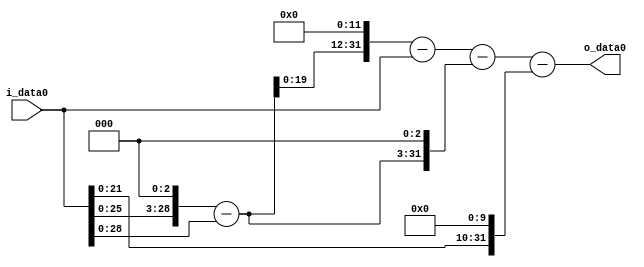
module multiplier_block_1 (
    i_data0,
    o_data0
);
  input   [31:0] i_data0;
  output  [31:0]
    o_data0;
  wire [31:0]
    w1,
    w8,
    w7,
    w28672,
    w28671,
    w56,
    w28615,
    w1024,
    w27591;
  assign w1 = i_data0;
  assign w1024 = w1 << 10;
  assign w27591 = w28615 - w1024;
  assign w28615 = w28671 - w56;
  assign w28671 = w28672 - w1;
  assign w28672 = w7 << 12;
  assign w56 = w7 << 3;
  assign w7 = w8 - w1;
  assign w8 = w1 << 3;
  assign o_data0 = w27591;
endmodule